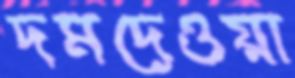
দমদেওয়া